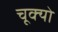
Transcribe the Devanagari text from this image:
चूक्यो